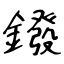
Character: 鏺